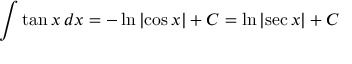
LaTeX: \int \tan { x } \, d x = - \ln { \left| \cos { x } \right| } + C = \ln { \left| \sec { x } \right| } + C